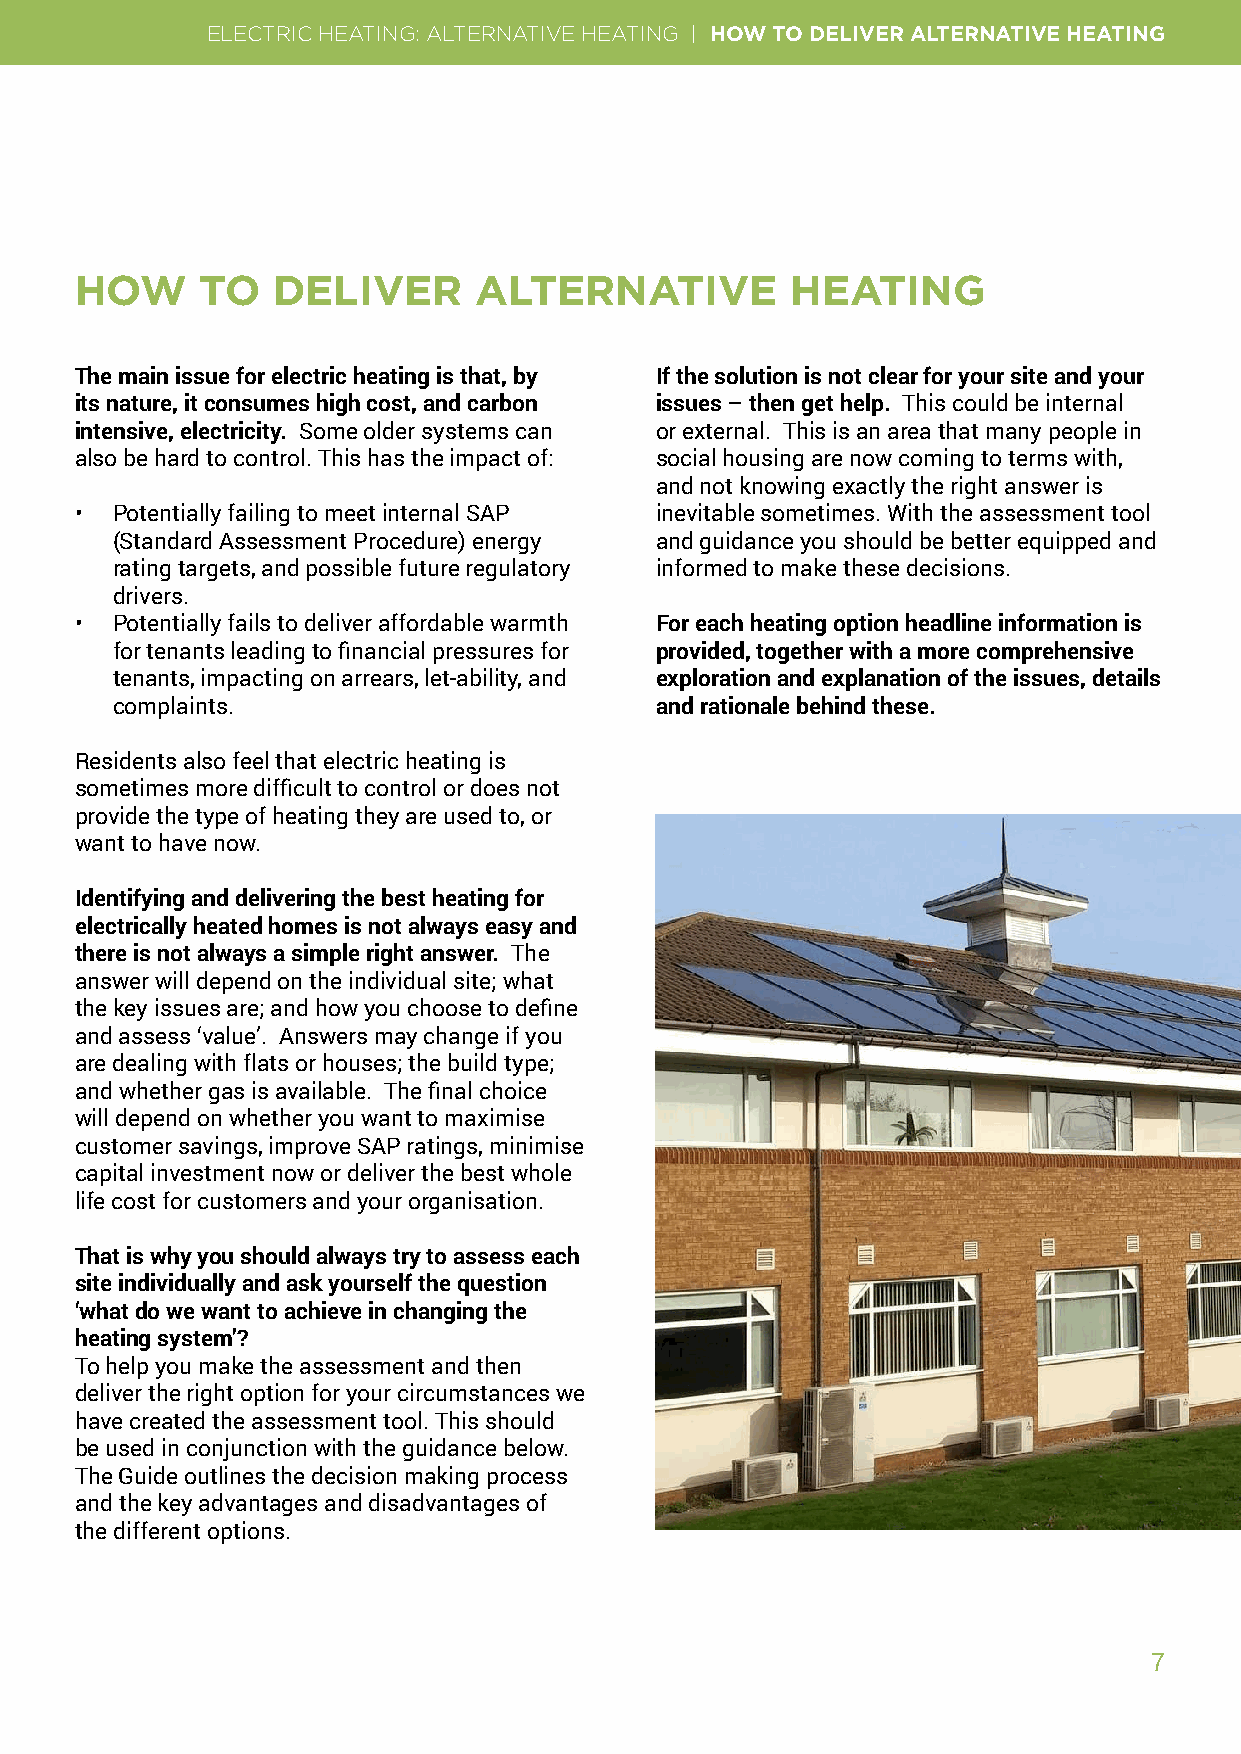
ELECTRIC HEATING: ALTERNATIVE HEATING | HOW TO DELIVER ALTERNATIVE HEATING
 HOW     TO   DELIVER      ALTERNATIVE          HEATING
 The main issue for electric heating is that, by If the solution is not clear for your site and your
 its nature, it consumes high cost, and carbon issues – then get help. This could be internal
 intensive, electricity. Some older systems can or external. This is an area that many people in
 also be hard to control. This has the impact of: social housing are now coming to terms with,
 and not knowing exactly the right answer is
 • Potentially failing to meet internal SAP inevitable sometimes. With the assessment tool
 (Standard Assessment Procedure) energy and guidance you should be better equipped and
 rating targets, and possible future regulatory informed to make these decisions.
 drivers.
 • Potentially fails to deliver affordable warmth For each heating option headline information is
 for tenants leading to financial pressures for provided, together with a more comprehensive
 tenants, impacting on arrears, let-ability, and exploration and explanation of the issues, details
 complaints.                         and rationale behind these.
 Residents also feel that electric heating is
 sometimes more difficult to control or does not
 provide the type of heating they are used to, or
 want to have now.
 Identifying and delivering the best heating for
 electrically heated homes is not always easy and
 there is not always a simple right answer. The
 answer will depend on the individual site; what
 the key issues are; and how you choose to define
 and assess ‘value’. Answers may change if you
 are dealing with flats or houses; the build type;
 and whether gas is available. The final choice
 will depend on whether you want to maximise
 customer savings, improve SAP ratings, minimise
 capital investment now or deliver the best whole
 life cost for customers and your organisation.
 That is why you should always try to assess each
 site individually and ask yourself the question
 ‘what do we want to achieve in changing the
 heating system’?
 To help you make the assessment and then
 deliver the right option for your circumstances we
 have created the assessment tool. This should
 be used in conjunction with the guidance below.
 The Guide outlines the decision making process
 and the key advantages and disadvantages of
 the different options.
 7